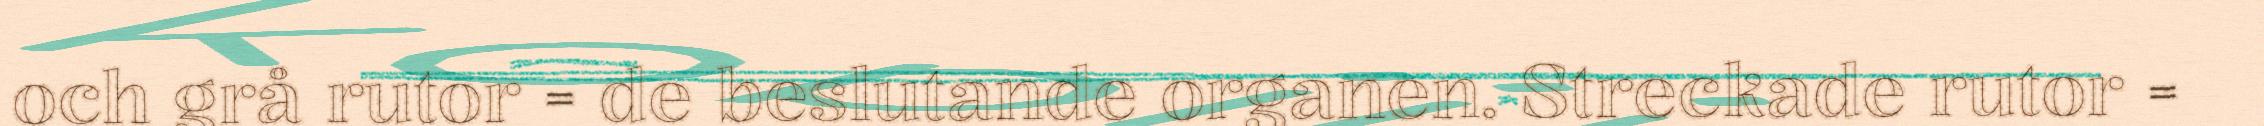
och grå rutor = de beslutande organen. Streckade rutor =